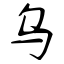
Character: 乌